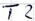
Text: T2